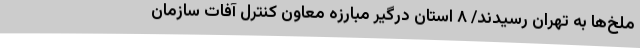
ملخ‌ها به تهران رسیدند/ ۸ استان درگیر مبارزه معاون کنترل آفات سازمان